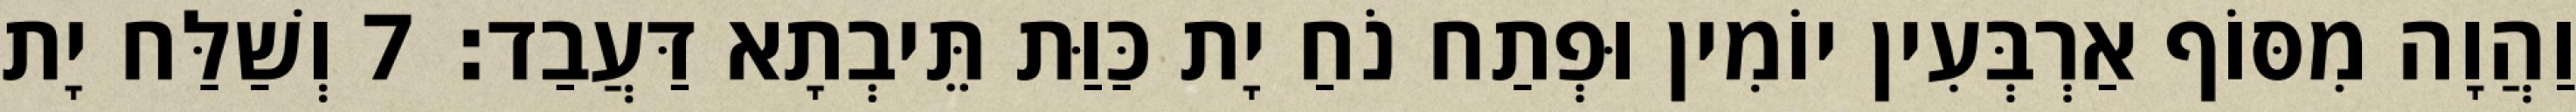
וַהֲוָה מִסּוֹף אַרְבְּעִין יוֹמִין וּפְתַח נֹחַ יָת כַּוַּת תֵּיבְתָא דַּעֲבַד׃ 7 וְשַׁלַּח יָת